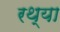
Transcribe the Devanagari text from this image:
रथ्या